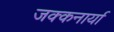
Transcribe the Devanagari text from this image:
जक्कनार्या